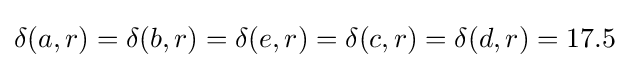
\delta (a,r)=\delta (b,r)=\delta (e,r)=\delta (c,r)=\delta (d,r)=17.5